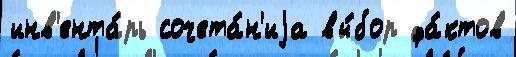
инв'ента́рь сочета́н'иjа вы́бор фа́ктов